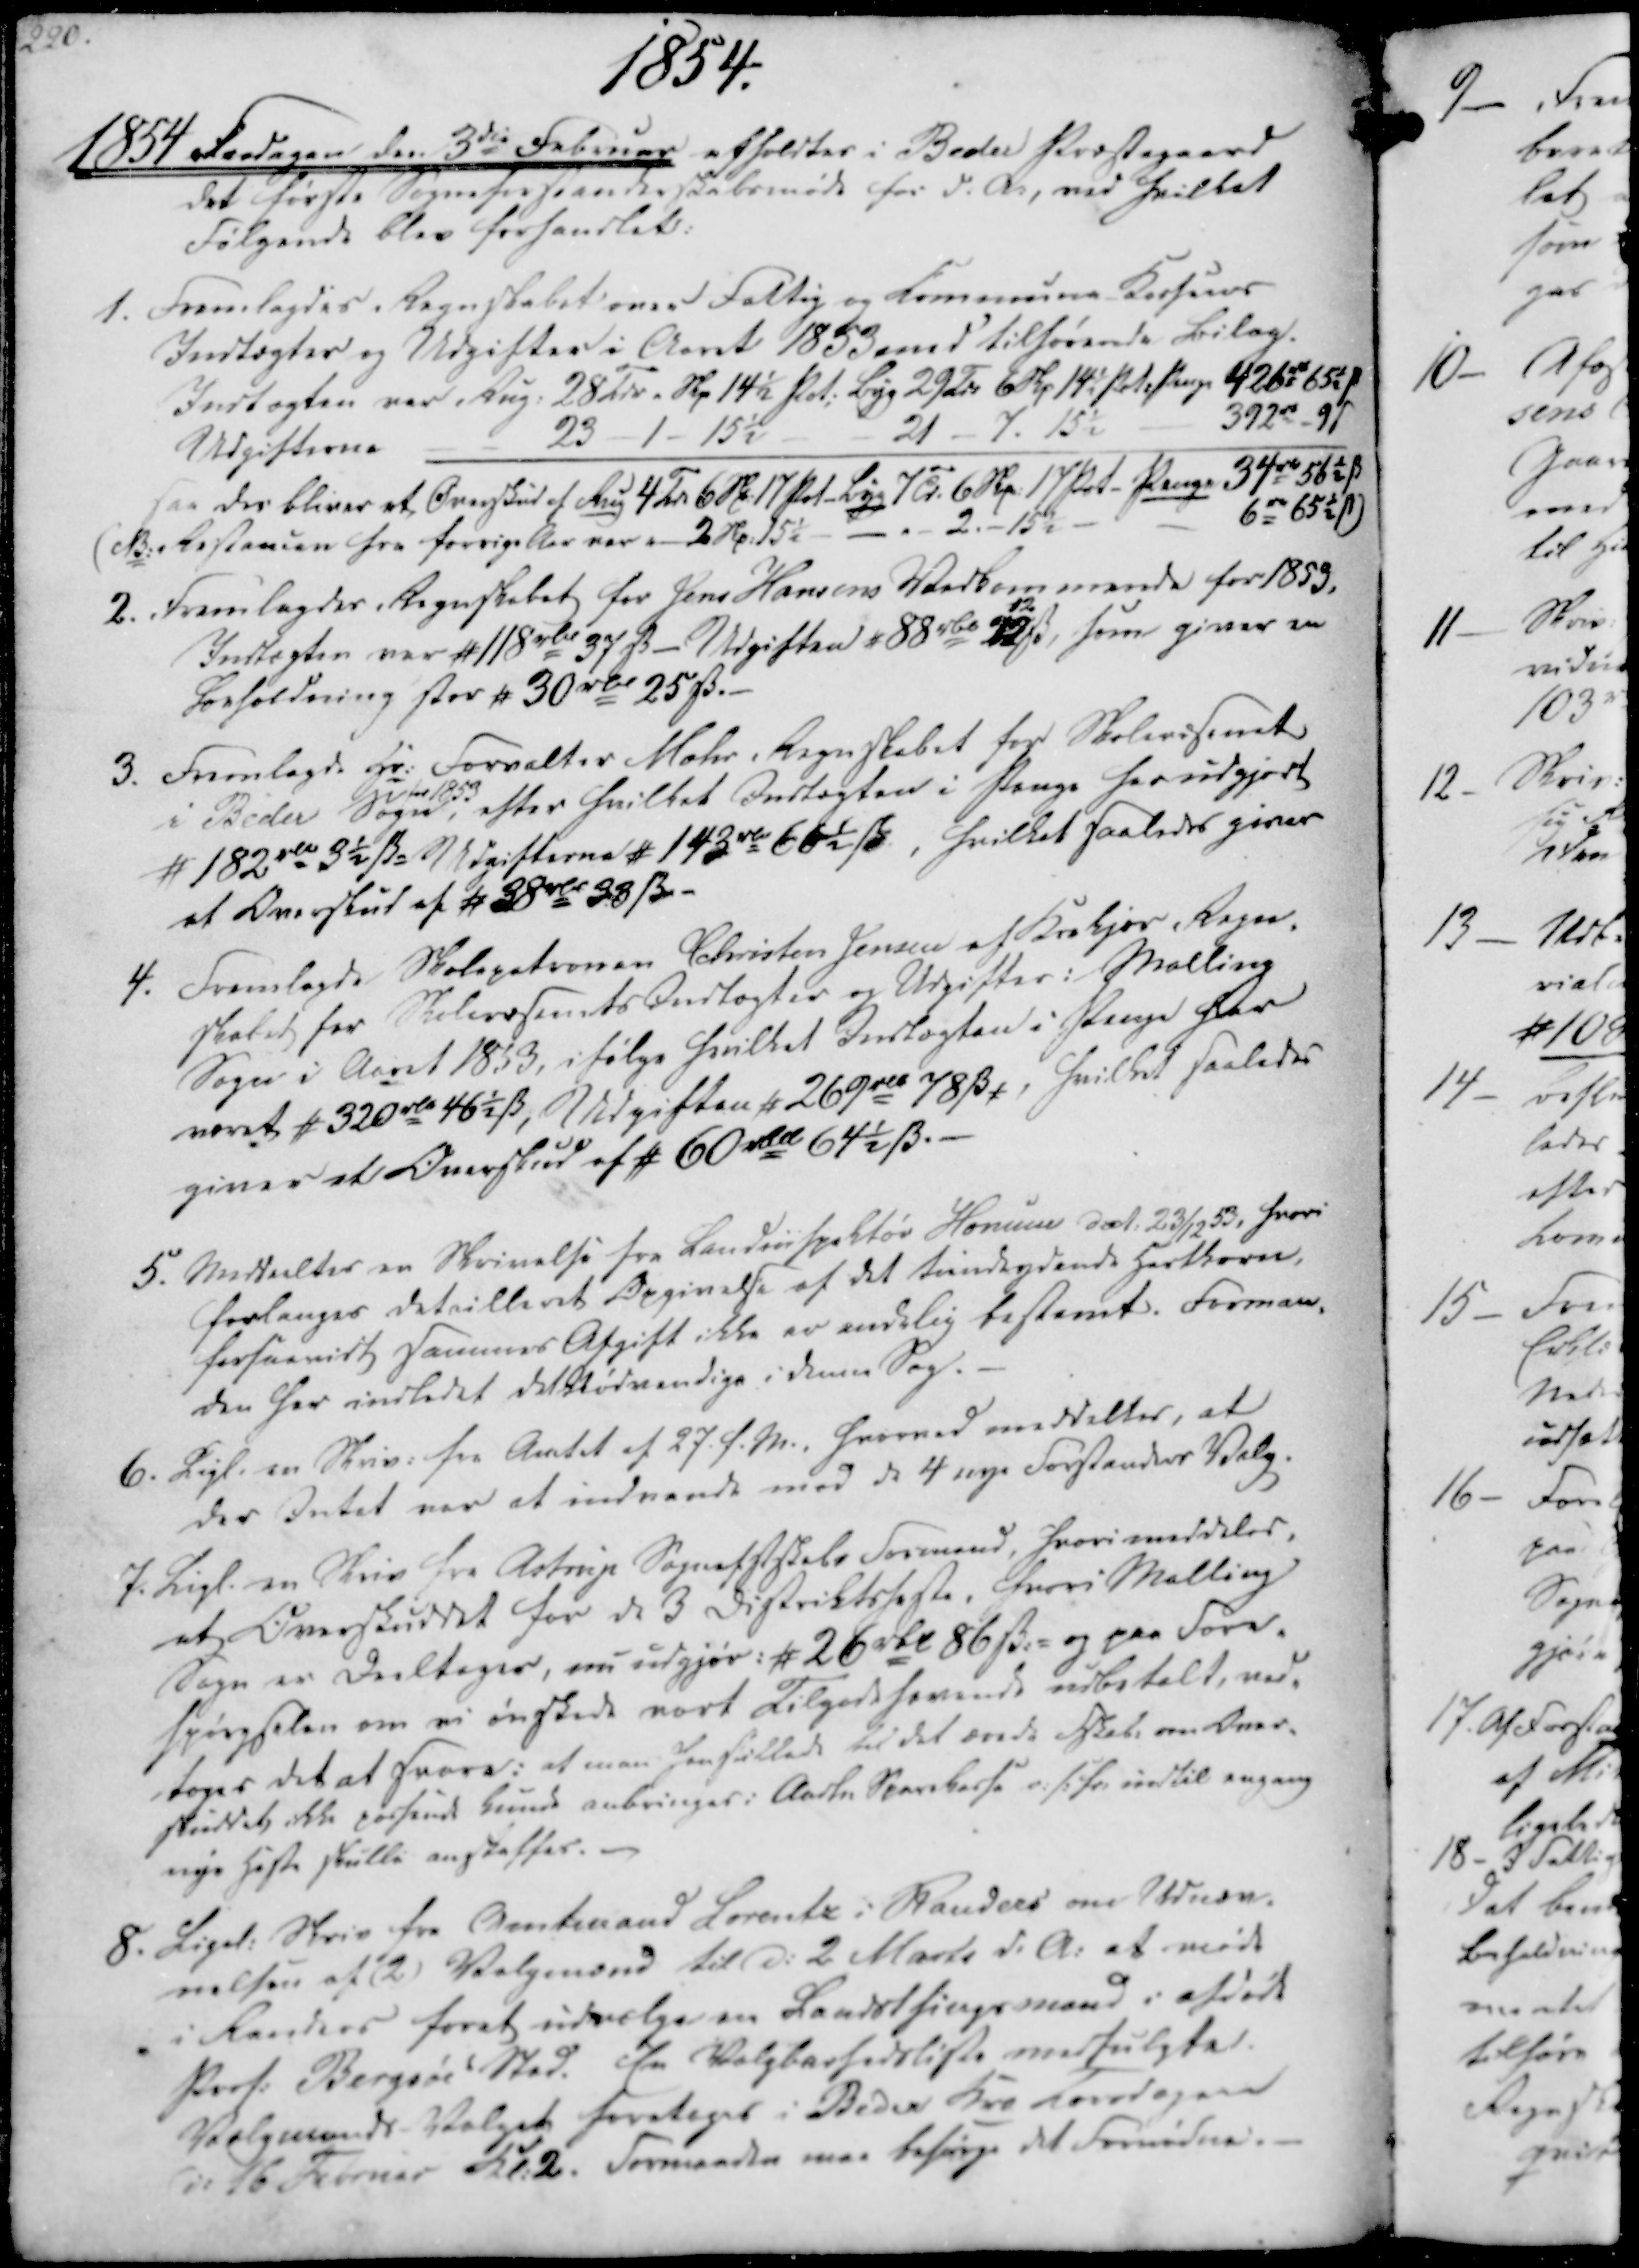
Transskription:
1854.
1854 Fredagen den 3die Februar afholdtes i Beder Præstegaard
det første Sogneforstanderskabsmøde for d.A., ved hvilket
Følgende blev forhandlet:

1. Fremlagdes Regnskabet over Fattig og Commune Kassens
Indtægter og Udgifter i Aaret 1853 med tilførende Bilag.
Indtægten var Rug. 28 Tdr . Skp 14½ Pot; Byg 29 Tdr 6 Skp 14½ Pot. Penge 426 rd 65½ ẞ
Udgifterne
23 - 1 - 15½
21 - 7. 15½
392 rd 9 ẞ
saa der bliver et Overskud af Rug 4 Td. 6 Skp. 17 Pot - Byg 7 Td. 6 Skp 17 Pot - Penge 34 rd 56½ ẞ
(NB. Restancen fra forrige Aar var " - 2 Skp. 15½ - - " - 2. - 15½
6 rd 65½ ẞ
2. Fremlagdes Regnskabet for Jens Hansens Vedkommende for 1853,
Indtægten var # 118 rbd 37 ẞ - Udgiften # 88 rbd 12 ẞ, som giver en
Forholdening stor # 30 rbd 25 ẞ.-
3. Fremlagde Hr. Forvalter Mohr Regnskabet for Skolevæsenet
i Beder Sogn,
for 1853
efter hvilket Indtægten i Penge her udgjort
# 182 rbd 3½ ẞ. Udgifterne # 143 rbd 66½ ẞ, hvilket saaledes giver
et Overskud af # 38 rbd 38 ẞ.

4. Fremlagde Skolepatronen Christen Jensen af Krekjær Regn-
skabet for Skolevæsenets Indtægter og Udgifter i Malling
Sogn i Aaret 1853, ifølge hvilket Indtægten i Penge har
været # 320 rbd 46½ ẞ, Udgiften # 269 rbd 78 ẞ,. Hvilket saaledes
giver et Overskud af # 60 rbd 64½ ẞ.-
5. Meddeeltes en Skrivelse fra Landinspektør Homun dat. 23/12 53, hvori
forlanges detailleret Opgivelse af det tiendeydende Hartkorn,
forsaavidt sammes Afgift ikke er endelig bestemt. Forman-
den har indledet det Nødvendige i denne Sag.
6. Ligl. en Skriv. fra Amtet af 27. f.M., hvorved meddeltes, at
der Intet var at indvende mod de 4 nye Forstanders Valg.

7. Ligl. en Skriv fra Astrup Sognefstskabs Formand, hvori meddeles,
at Overskuddet for de 3 Distriktsheste, hvori Malling
Sogn er Deeltager, nu udgjør: # 26 rbd 86 ẞ.- og paa Fore-
spørgselen om vi ønskede vort Tilgodehavende udbetalt, ved-
toges det at svare: at man henstillede til det ærede Fskab. om Over-
skuddet ikke passende kunde anbringes i Aarhu Sparekasse o:/: for indtil engang
nye Heste skulle anskaffes. -
8. Ligel. Skriv fra Amtsmand Lorentz i Randers om Udnæv-
nelsen af (2) Valgmænd til d. 2 Marts d.A. at møde
i Randers forat udvælge en Landsthingsmand i afdøde
Prof. Bergsøes Sted. En Valgbarhedsliste medfulgte.
Valgmands Valget foretages i Beder Kro Torsdagen
d. 16 Februar Kl. 2. Formanden maa besørge det Fornødne.